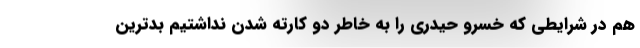
هم در شرایطی که خسرو حیدری را به خاطر دو کارته شدن نداشتیم بدترین